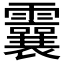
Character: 𩆶